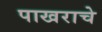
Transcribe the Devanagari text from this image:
पाखराचे